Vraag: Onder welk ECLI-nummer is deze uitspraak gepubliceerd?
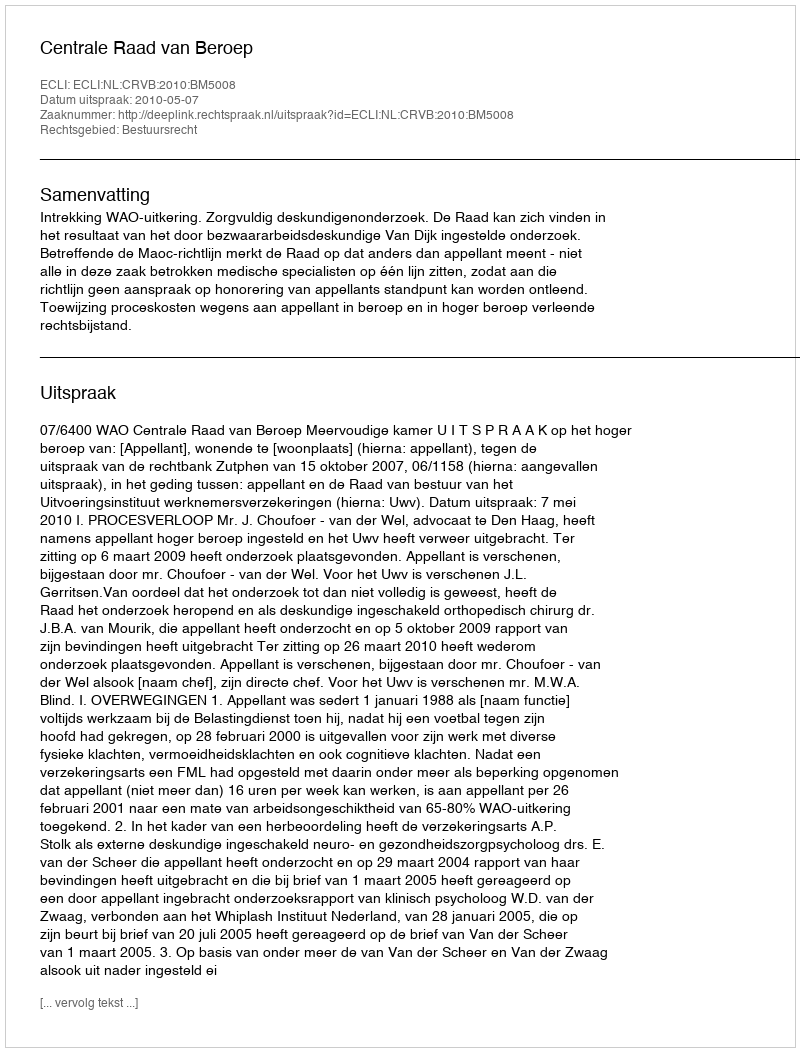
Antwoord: ECLI:NL:CRVB:2010:BM5008